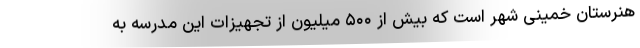
هنرستان خمینی شهر است که بیش از ۵۰۰ میلیون از تجهیزات این مدرسه به